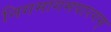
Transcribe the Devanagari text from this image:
निगमागमपारगम्